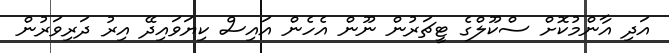
އަދި އާންމުކޮށް ސްކޫލްގެ ޓީޗަރުން ނޫން އެހެން އައިސް ކިޔަވައިދޭ އިރު ދަރިވަރުން